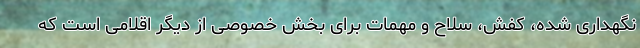
نگهداری شده، کفش، سلاح و مهمات برای بخش خصوصی از دیگر اقلامی است که